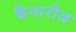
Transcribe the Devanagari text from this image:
कैनारीज